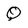
Character: Q